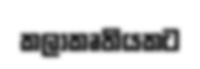
කලාකෘතියකට